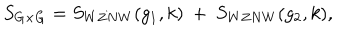
S _ { G \times G } = S _ { W Z N W } ( g _ { 1 } , k ) ~ + ~ S _ { W Z N W } ( g _ { 2 } , k ) ,